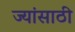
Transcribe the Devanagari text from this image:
ज्यांसाठी